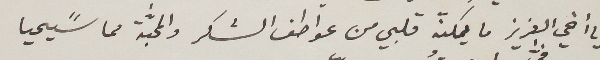
يا أخي العزيز ما يمكنّه قلبي من عواطف الشكر والمحبَّة مما سًيحيا